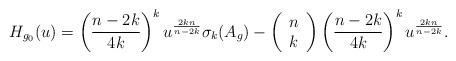
LaTeX: \begin{align*}H_{g_0}(u)=\left(\frac{n-2k}{4k}\right)^ku^{\frac{2kn}{n-2k}}\sigma_k(A_{g})-\left(\begin{array}{c}n\\k\end{array}\right)\left(\frac{n-2k}{4k}\right)^k u^{\frac{2kn}{n-2k}}. \end{align*}